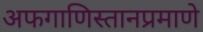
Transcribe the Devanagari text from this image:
अफगाणिस्तानप्रमाणे